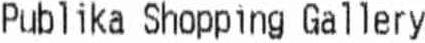
PUBLIKA SHOPPING GALLERY